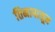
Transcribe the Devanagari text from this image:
तिनापासून